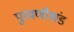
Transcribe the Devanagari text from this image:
पुरवणीखंड